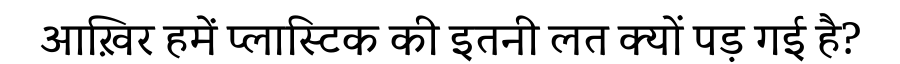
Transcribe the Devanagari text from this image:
आख़िर हमें प्लास्टिक की इतनी लत क्यों पड़ गई है?